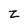
Character: Z